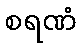
စရဏံ